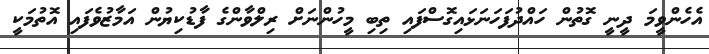
އެހެންވީމަ ދީނީ ގޮތުން ހައްދުފަހަނަޅައިގޮސްފައި ތިބި މީހުންނަށް ރިލްވާންގެ ފާޑުކިޔުން އަމާޒުވެފައި އޮތުމަކީ